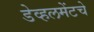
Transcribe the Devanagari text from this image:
डेव्हलमेंटचे